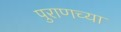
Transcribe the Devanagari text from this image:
पुराणच्या